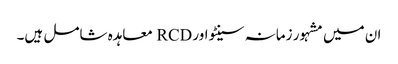
ان میں مشہور زمانہ سینٹو اور RCD معاہدہ شامل ہیں۔